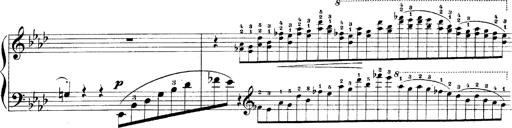
Title: LiebestrÃ¤ume
Composer: Franz Behr
Key: E-flat major